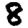
Digit: 8